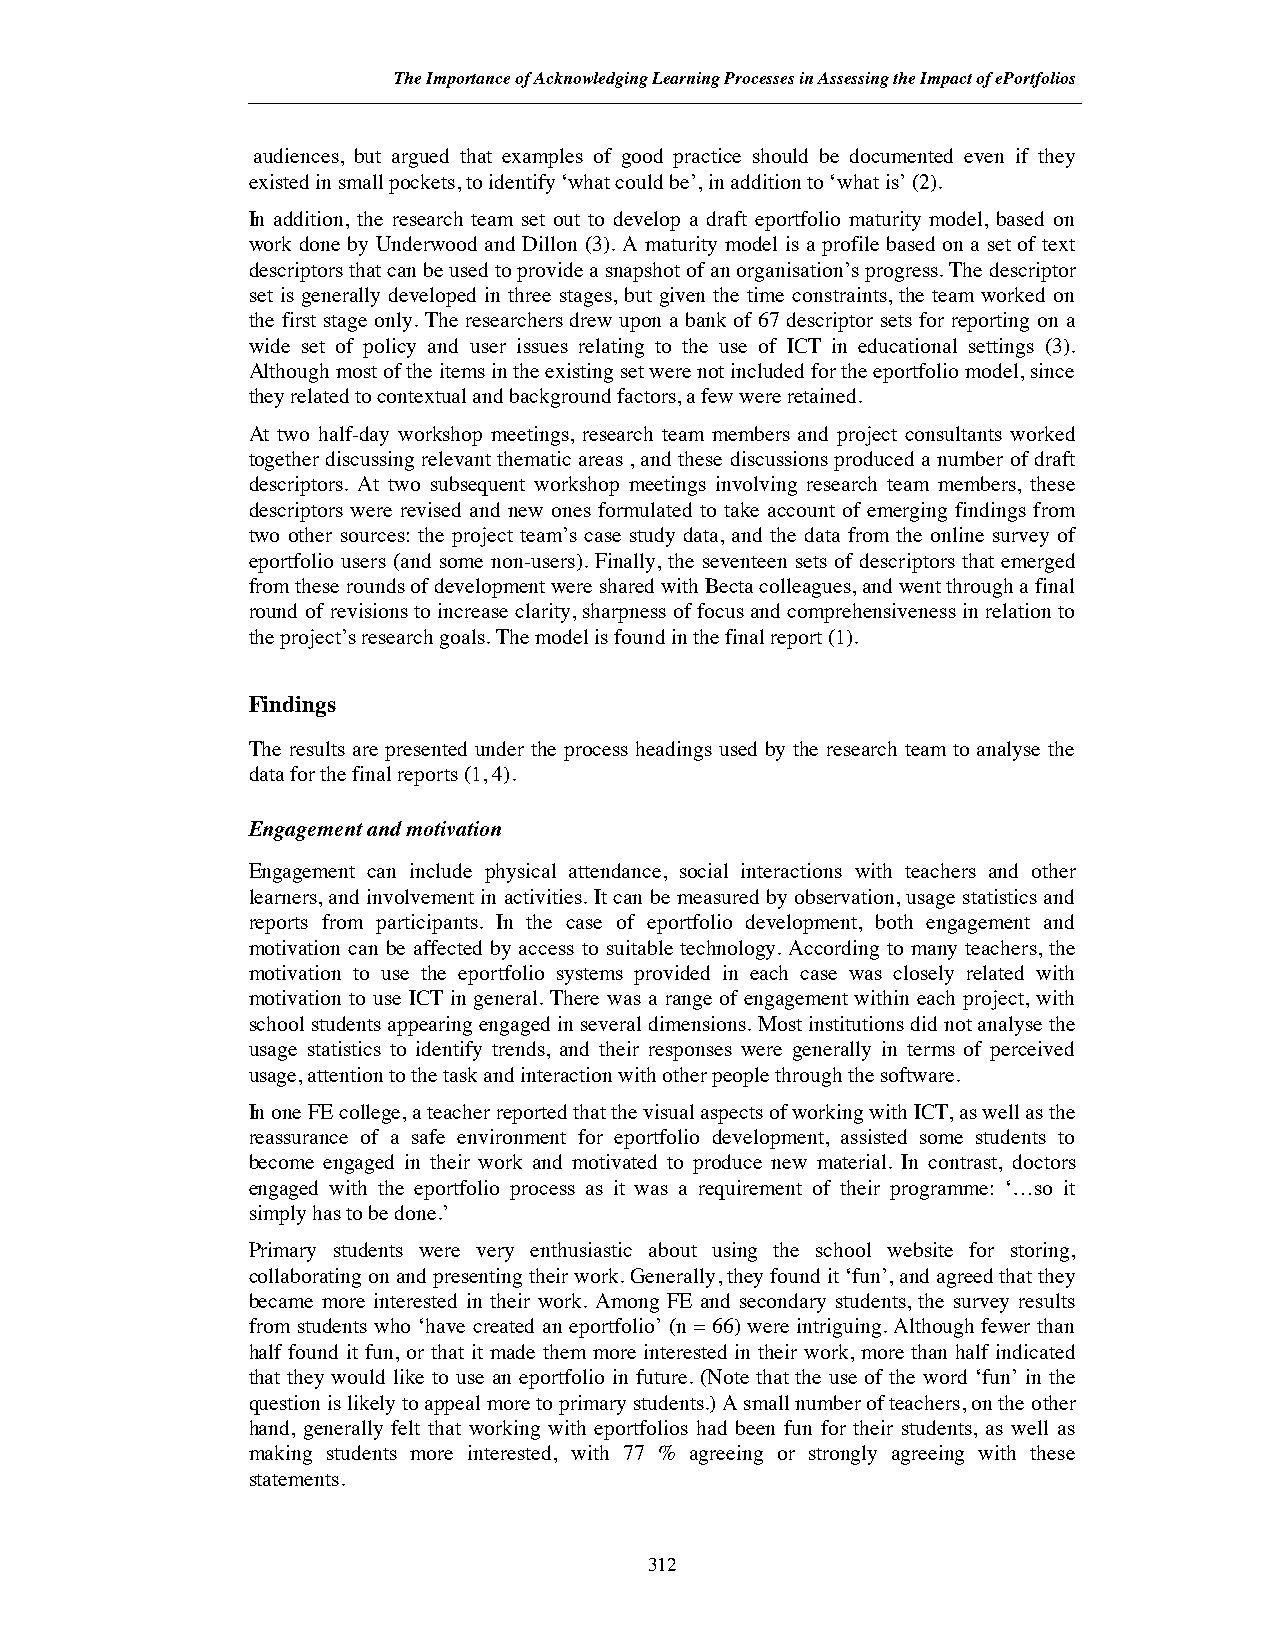
The Importance of Acknowledging Learning Processes in Assessing the Impact of ePortfolios
 audiences, but argued that examples of good practice should be documented even if they
 existed in small pockets, to identify ‘what could be’, in addition to ‘what is’ (2).
 In addition, the research team set out to develop a draft eportfolio maturity model, based on
 work done by Underwood and Dillon (3). A maturity model is a profile based on a set of text
 descriptors that can be used to provide a snapshot of an organisation’s progress. The descriptor
 set is generally developed in three stages, but given the time constraints, the team worked on
 the first stage only. The researchers drew upon a bank of 67 descriptor sets for reporting on a
 wide set of policy and user issues relating to the use of ICT in educational settings (3).
 Although most of the items in the existing set were not included for the eportfolio model, since
 they related to contextual and background factors, a few were retained.
 At two half-day workshop meetings, research team members and project consultants worked
 together discussing relevant thematic areas , and these discussions produced a number of draft
 descriptors. At two subsequent workshop meetings involving research team members, these
 descriptors were revised and new ones formulated to take account of emerging findings from
 two other sources: the project team’s case study data, and the data from the online survey of
 eportfolio users (and some non-users). Finally, the seventeen sets of descriptors that emerged
 from these rounds of development were shared with Becta colleagues, and went through a final
 round of revisions to increase clarity, sharpness of focus and comprehensiveness in relation to
 the project’s research goals. The model is found in the final report (1).
 Findings
 The results are presented under the process headings used by the research team to analyse the
 data for the final reports (1, 4).
 Engagement and motivation
 Engagement can include physical attendance, social interactions with teachers and other
 learners, and involvement in activities. It can be measured by observation, usage statistics and
 reports from participants. In the case of eportfolio development, both engagement and
 motivation can be affected by access to suitable technology. According to many teachers, the
 motivation to use the eportfolio systems provided in each case was closely related with
 motivation to use ICT in general. There was a range of engagement within each project, with
 school students appearing engaged in several dimensions. Most institutions did not analyse the
 usage statistics to identify trends, and their responses were generally in terms of perceived
 usage, attention to the task and interaction with other people through the software.
 In one FE college, a teacher reported that the visual aspects of working with ICT, as well as the
 reassurance of a safe environment for eportfolio development, assisted some students to
 become engaged in their work and motivated to produce new material. In contrast, doctors
 engaged with the eportfolio process as it was a requirement of their programme: ‘…so it
 simply has to be done.’
 Primary students were very enthusiastic about using the school website for storing,
 collaborating on and presenting their work. Generally, they found it ‘fun’, and agreed that they
 became more interested in their work. Among FE and secondary students, the survey results
 from students who ‘have created an eportfolio’ (n = 66) were intriguing. Although fewer than
 half found it fun, or that it made them more interested in their work, more than half indicated
 that they would like to use an eportfolio in future. (Note that the use of the word ‘fun’ in the
 question is likely to appeal more to primary students.) A small number of teachers, on the other
 hand, generally felt that working with eportfolios had been fun for their students, as well as
 making students more interested, with 77 % agreeing or strongly agreeing with these
 statements.
 312